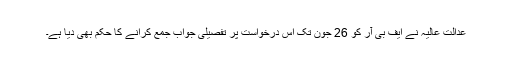
عدالت عالیہ نے ایف بی آر کو 26 جون تک اس درخواست پر تفصیلی جواب جمع کرانے کا حکم بھی دیا ہے۔